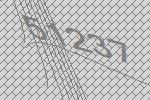
51237